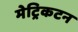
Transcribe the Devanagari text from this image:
मेट्रिकटन